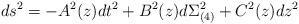
\begin{align*}ds^2 = -A^2(z) dt^2 + B^2(z) d\Sigma_{(4)} ^2 + C^2(z) dz^2\end{align*}